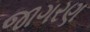
જાગરણ